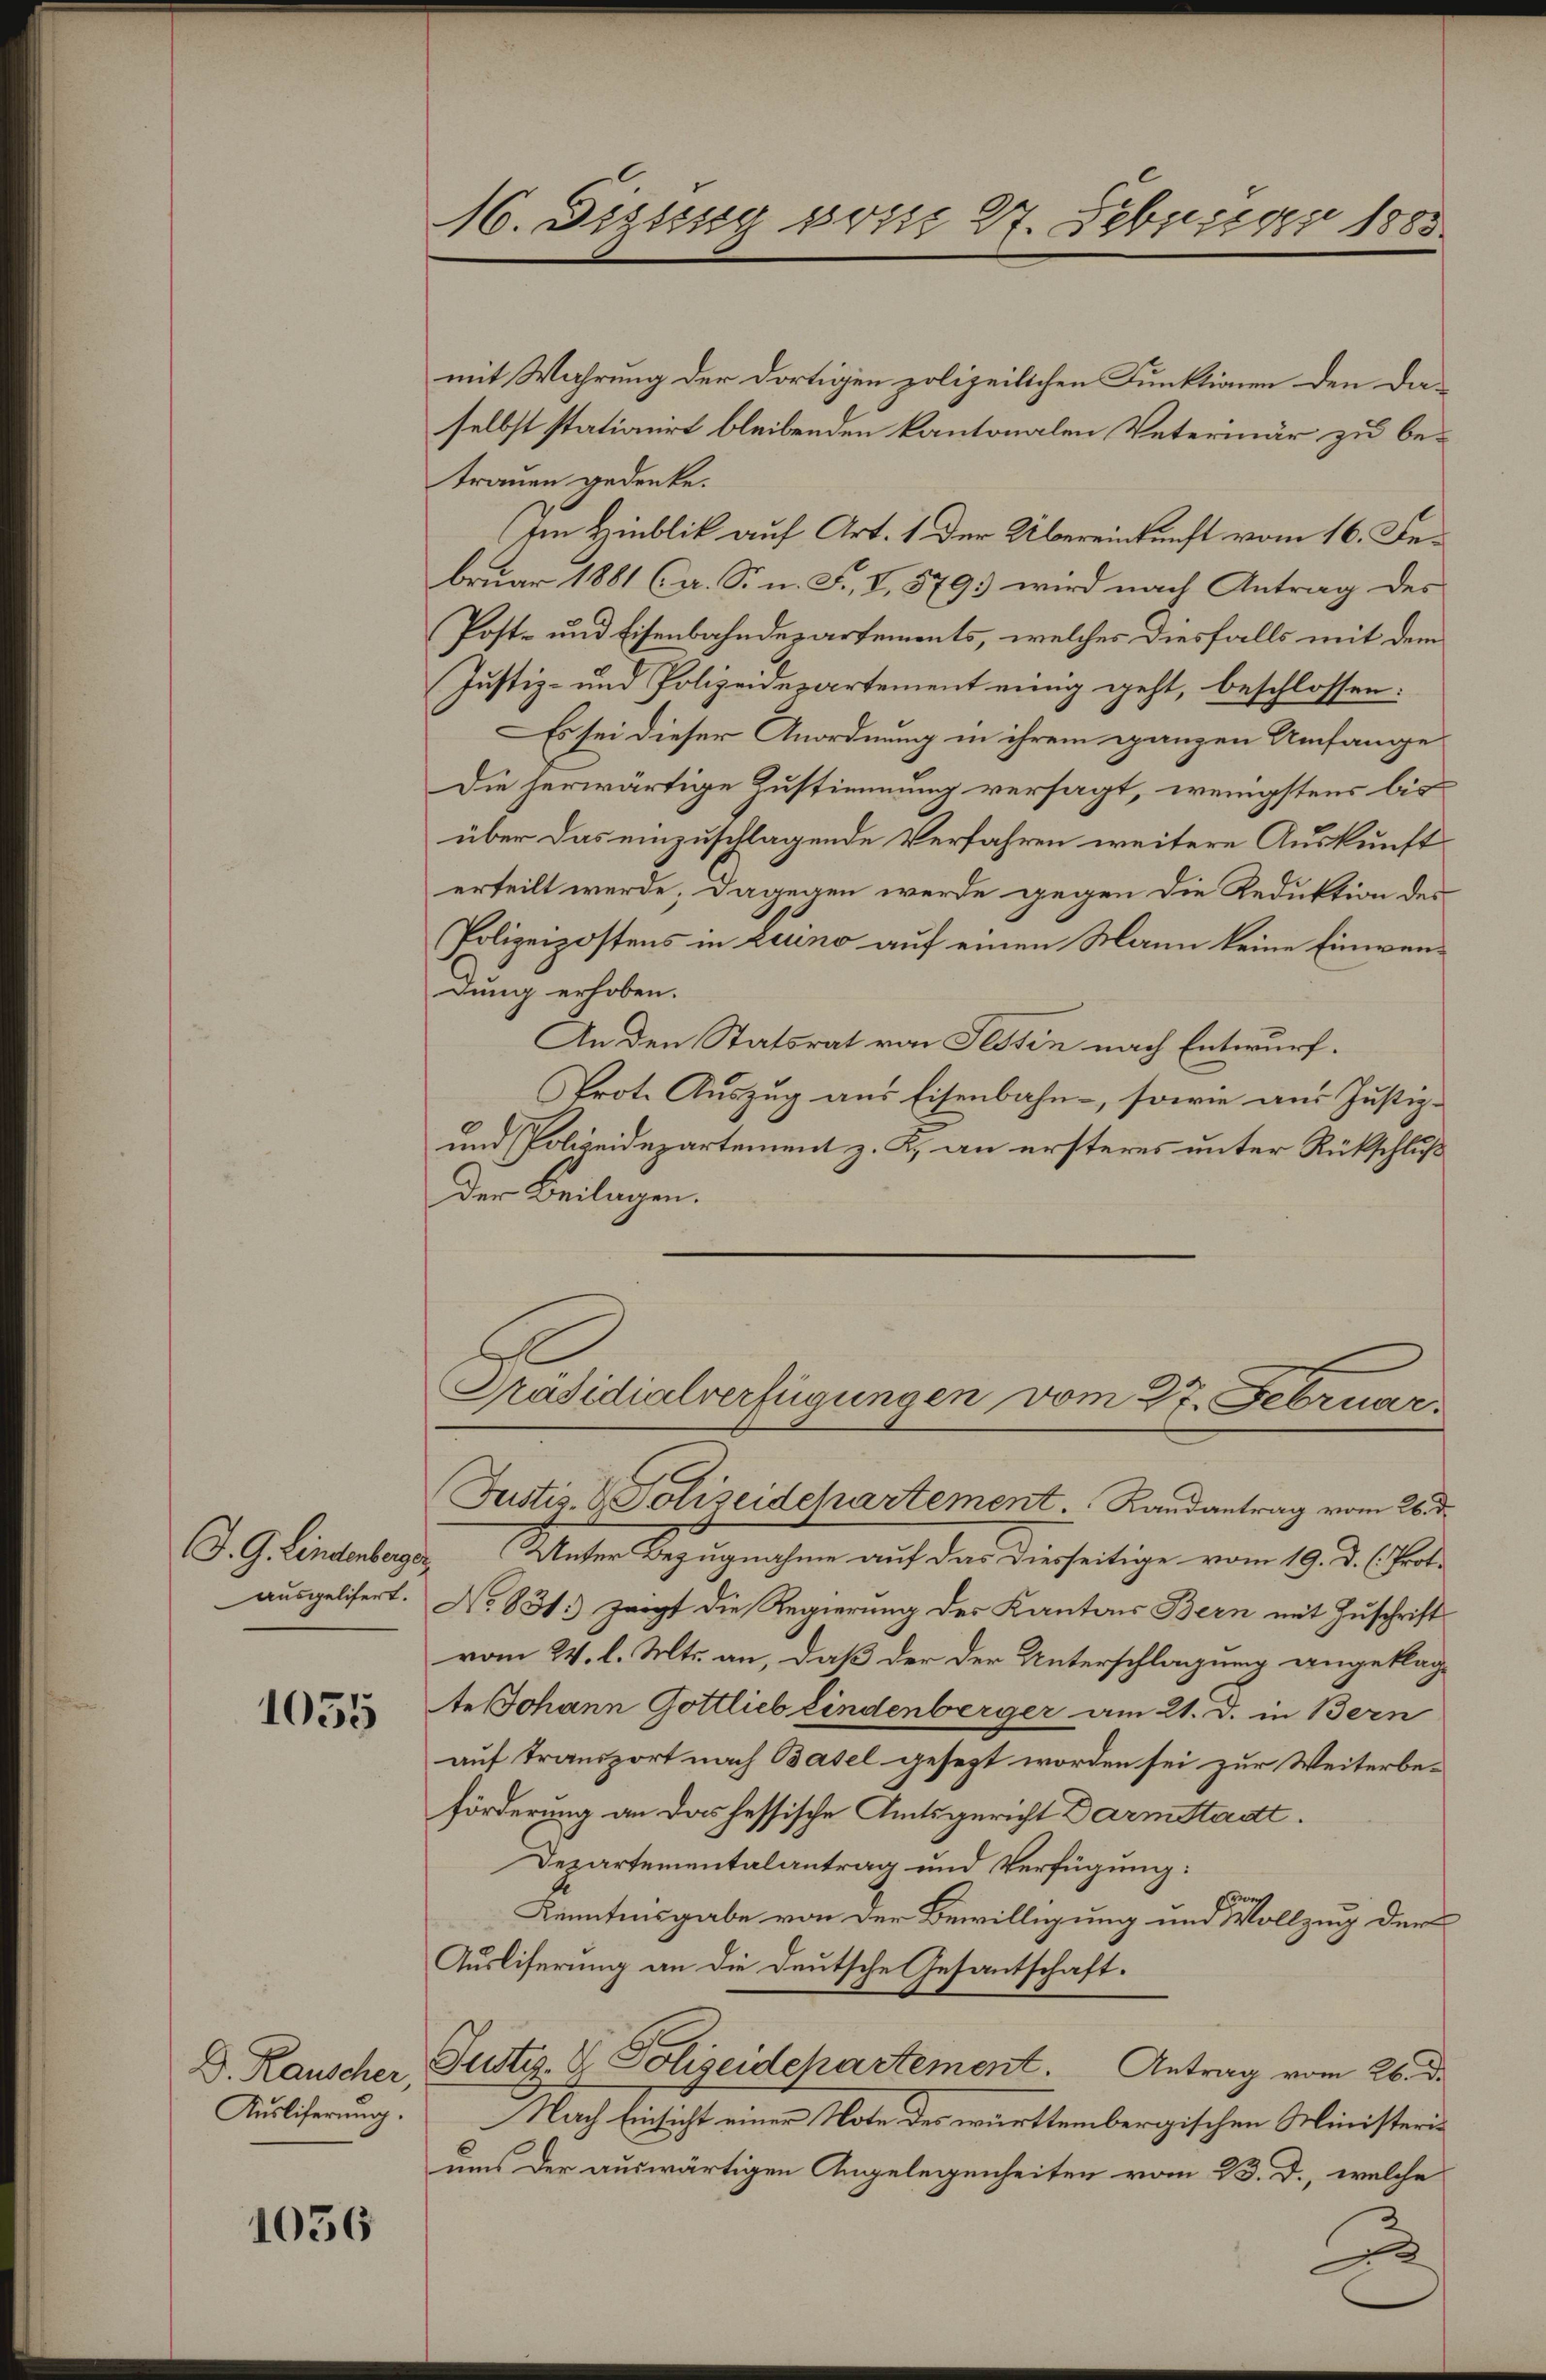
. G. Lindenberges
ausgelifert.

1055

D. Rauscher,
Auslieferung.

1056

16. Sissig vom 27. Februar 1883

mit Wahrung der dortigen polizeilichen Funktionen den Daselbst stationirt bleibenden kantonalen Vetermär zu betrauen gedenke.
Im Hinblik auf Art. 1 der Übereinkunft vom 16. Bebruar 1881 (a. Sr. n. F., I, 579. wird nach Antrag des
Post- und Eisenbahndepartements, welches diesfalls mit dem
Justiz- und Polizeidepartement einig geht, beschlossen:
Es sei dieser Anordnung in ihrem ganzen Umfange
Die herwärtige Zustimmung versagt, wenigstens bis
über das einzuschlagende Verfahren weitere Auskunft
erteilt werde, dagegen werde gegen die Reduktion des
Polizeipostens in Luino auf einen Mann keine Einwendung erhoben.
An den Statsrat von Tessin nach Entwurf.
Prot. Auszug aus Eisenbahn, sowie aus Justiz-
und Polizeidepartement z. K. an ersteres unter Rückschluß
Der Beilagen.
Präsidialverfügungen vom 27. Februar
Justiz- & Polizeidchartement. Landantrag vom 26. den
Unter Bezugnahme auf das Dierseitige vom 19. d. h. Prot.
No 831. zeigt die Regierung des Kantons Bern mit Zuschrift
vom 24. l. Mts. an, daß der der Unterschlagung angeklag-
te Johann Gottlieb eindenberger am 21. d. in Bern
auf transport nach Basel gesezt worden sei zur Weiterbeförderung an das hessische Amtsgericht Darmstadt.
Departementalantrag und Verfügung:
Kenntnisgabe von der Bewilligung und Vollzug der
Ausliferung an die deutsche Gesantschaft.
Justiz- & Polizeidepartement. Antrag vom 26. d.
Nach Einsicht einer Note des württembergischen Ministeriums der auswärtigen Angelegenheiten vom 23. d., welche
2